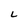
Character: L